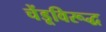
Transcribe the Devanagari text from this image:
चेंडूविरूद्ध